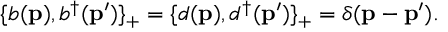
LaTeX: \{ b ( { \bf p } ) , b ^ { \dagger } ( { \bf p ^ { \prime } } ) \} _ { + } = \{ d ( { \bf p } ) , d ^ { \dagger } ( { \bf p ^ { \prime } } ) \} _ { + } = \delta ( { \bf p - \bf p ^ { \prime } } ) .